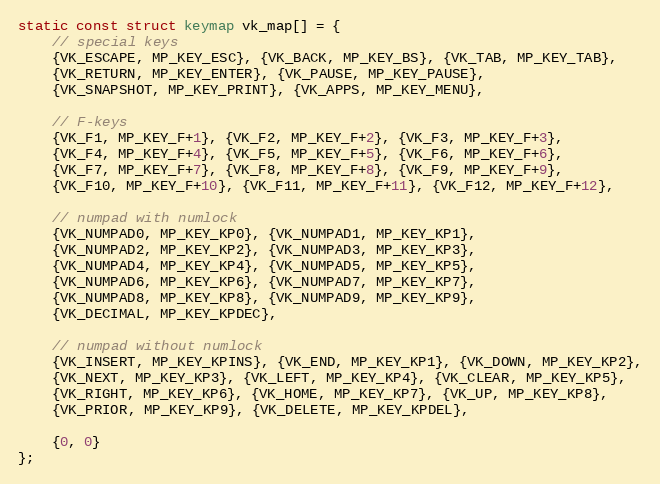
Language: C
static const struct keymap vk_map[] = {
    // special keys
    {VK_ESCAPE, MP_KEY_ESC}, {VK_BACK, MP_KEY_BS}, {VK_TAB, MP_KEY_TAB},
    {VK_RETURN, MP_KEY_ENTER}, {VK_PAUSE, MP_KEY_PAUSE},
    {VK_SNAPSHOT, MP_KEY_PRINT}, {VK_APPS, MP_KEY_MENU},

    // F-keys
    {VK_F1, MP_KEY_F+1}, {VK_F2, MP_KEY_F+2}, {VK_F3, MP_KEY_F+3},
    {VK_F4, MP_KEY_F+4}, {VK_F5, MP_KEY_F+5}, {VK_F6, MP_KEY_F+6},
    {VK_F7, MP_KEY_F+7}, {VK_F8, MP_KEY_F+8}, {VK_F9, MP_KEY_F+9},
    {VK_F10, MP_KEY_F+10}, {VK_F11, MP_KEY_F+11}, {VK_F12, MP_KEY_F+12},

    // numpad with numlock
    {VK_NUMPAD0, MP_KEY_KP0}, {VK_NUMPAD1, MP_KEY_KP1},
    {VK_NUMPAD2, MP_KEY_KP2}, {VK_NUMPAD3, MP_KEY_KP3},
    {VK_NUMPAD4, MP_KEY_KP4}, {VK_NUMPAD5, MP_KEY_KP5},
    {VK_NUMPAD6, MP_KEY_KP6}, {VK_NUMPAD7, MP_KEY_KP7},
    {VK_NUMPAD8, MP_KEY_KP8}, {VK_NUMPAD9, MP_KEY_KP9},
    {VK_DECIMAL, MP_KEY_KPDEC},

    // numpad without numlock
    {VK_INSERT, MP_KEY_KPINS}, {VK_END, MP_KEY_KP1}, {VK_DOWN, MP_KEY_KP2},
    {VK_NEXT, MP_KEY_KP3}, {VK_LEFT, MP_KEY_KP4}, {VK_CLEAR, MP_KEY_KP5},
    {VK_RIGHT, MP_KEY_KP6}, {VK_HOME, MP_KEY_KP7}, {VK_UP, MP_KEY_KP8},
    {VK_PRIOR, MP_KEY_KP9}, {VK_DELETE, MP_KEY_KPDEL},

    {0, 0}
};